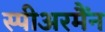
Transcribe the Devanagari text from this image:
स्पीअरमैंन